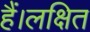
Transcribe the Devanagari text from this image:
हैं।लक्षित